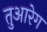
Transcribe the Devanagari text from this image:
तुआरेग